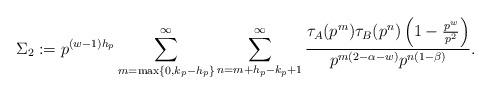
LaTeX: \begin{align*}\Sigma_2 : = p^{(w-1) h_p } \sum_{m= \max\{0,k_p-h_p\} }^{\infty}\sum_{n=m+h_p-k_p+1}^{\infty} \frac{\tau_A(p^{m}) \tau_B(p^{n}) \left( 1-\frac{p^w}{p^{2}} \right)}{ p^{m(2-\alpha-w)} p^{n(1-\beta)} }.\end{align*}